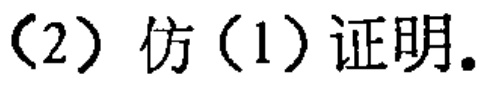
（2）仿（1）证明.